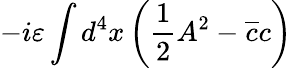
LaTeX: -i\varepsilon\int d^{4}x\left(\frac{1}{2}A^{2}-\overline{{{c}}}c\right)